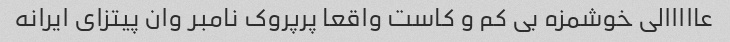
عااااالی خوشمزه بی کم و کاست واقعا پرپروک نامبر وان پیتزای ایرانه